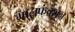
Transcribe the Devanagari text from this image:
मालफंक्शन